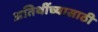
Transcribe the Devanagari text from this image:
अतिथींच्यासाठी